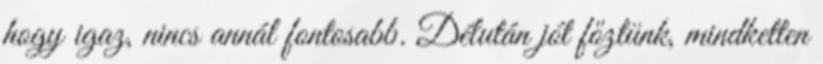
hogy igaz, nincs annál fontosabb. Délután jót főztünk, mindketten